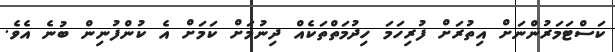
ކަސްޓަމަރުންނަށް އިތުރަށް ފުރިހަމަ ހިދުމަތްތަކެއް ދިނުމަށް ކަމަށް އެ ކުންފުނިން ބުނެ އެވެ.